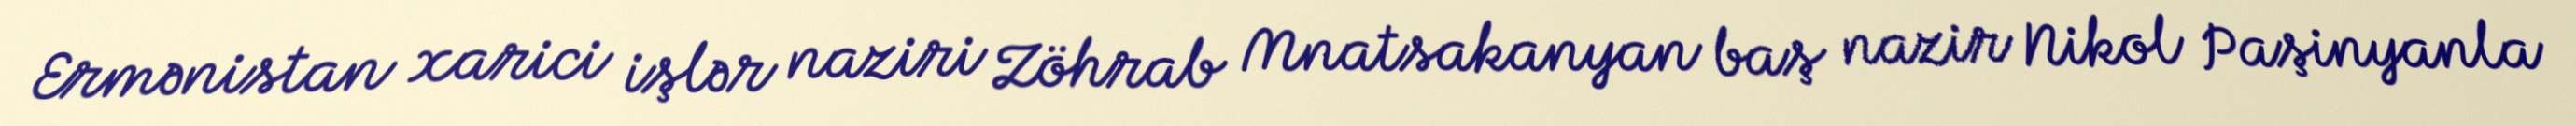
Ermənistan xarici işlər naziri Zöhrab Mnatsakanyan baş nazir Nikol Paşinyanla